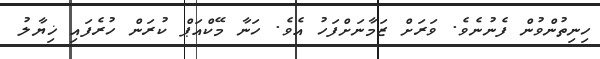
ހިނިތުންވުން ފެނުނެވެ. ވަރަށް ޒަމާނަށްފަހު އެވެ. ހަނާ މޭކްއަޕް ކުރަން ހުރެފައި ޚިޔާލު